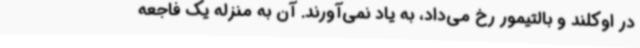
در اوکلند و بالتیمور رخ می‌داد، به یاد نمی‌آورند. آن به منزله یک فاجعه